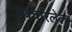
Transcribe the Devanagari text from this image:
ववचारलेला